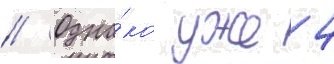
// Одна́ко уже 4